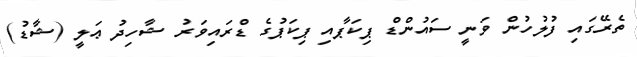
ތެރޭގައި ފުލުހުން ވަނީ ސައުންޑް ޕިކަޕާއި ޕިކަޕުގެ ޑްރައިވަރު ޝާހިދު ޢަލީ (ޝާޑު)